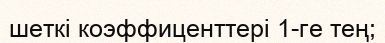
шеткі коэффиценттері 1-ге тең;